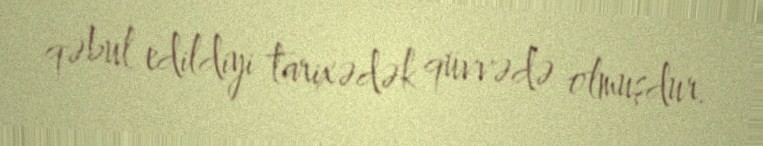
qəbul edildiyi tarixədək qüvvədə olmuşdur.